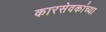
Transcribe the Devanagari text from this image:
कारसेवकांच्या